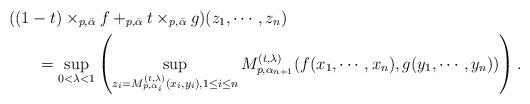
LaTeX: \begin{align*} &\!\!\!\!\!\!\!\!\!\!((1-t)\times_{p,\bar{\alpha}}f+_{p,\bar{\alpha}}t\times_{p,\bar{\alpha}}g) (z_1,\cdots, z_n)\\ &=\sup_{0<\lambda<1}\left( \sup_{z_i=M_{p,\alpha_i}^{(t,\lambda)}(x_i,y_i), 1\leq i\leq n} M_{p,\alpha_{n+1}}^{(t,\lambda)}(f(x_1,\cdots, x_n), g(y_1,\cdots, y_n))\right). \end{align*}